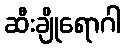
ဆီးချိုရောဂါ